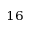
^ { 1 6 }